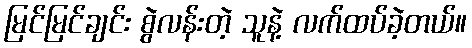
မြင်မြင်ချင်း စွဲလန်းတဲ့ သူနဲ့ လက်ထပ်ခဲ့တယ်။